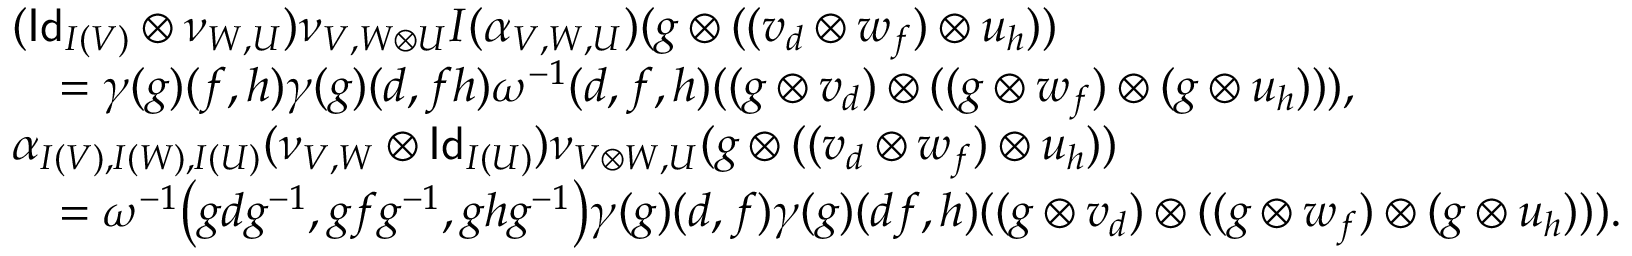
\begin{array} { r l } & { ( \mathsf { I d } _ { I ( V ) } \otimes \nu _ { W , U } ) \nu _ { V , W \otimes U } I ( \alpha _ { V , W , U } ) ( g \otimes ( ( v _ { d } \otimes w _ { f } ) \otimes u _ { h } ) ) } \\ & { \quad = \gamma ( g ) ( f , h ) \gamma ( g ) ( d , f h ) \omega ^ { - 1 } ( d , f , h ) ( ( g \otimes v _ { d } ) \otimes ( ( g \otimes w _ { f } ) \otimes ( g \otimes u _ { h } ) ) ) , } \\ & { \alpha _ { I ( V ) , I ( W ) , I ( U ) } ( \nu _ { V , W } \otimes \mathsf { I d } _ { I ( U ) } ) \nu _ { V \otimes W , U } ( g \otimes ( ( v _ { d } \otimes w _ { f } ) \otimes u _ { h } ) ) } \\ & { \quad = \omega ^ { - 1 } \big ( g d g ^ { - 1 } , g f g ^ { - 1 } , g h g ^ { - 1 } \big ) \gamma ( g ) ( d , f ) \gamma ( g ) ( d f , h ) ( ( g \otimes v _ { d } ) \otimes ( ( g \otimes w _ { f } ) \otimes ( g \otimes u _ { h } ) ) ) . } \end{array}